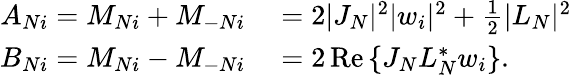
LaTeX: \begin{array}{rl}{A_{Ni}=M_{Ni}+M_{-Ni}}&{{}=2|J_{N}|^{2}|w_{i}|^{2}+\frac{1}{2}|L_{N}|^{2}}\\ {B_{Ni}=M_{Ni}-M_{-Ni}}&{{}=2\operatorname{Re}{\{ J_{N}L_{N}^{*}w_{i}\} }.}\end{array}